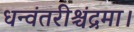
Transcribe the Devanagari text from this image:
धन्वंतरीश्चंद्रमा।